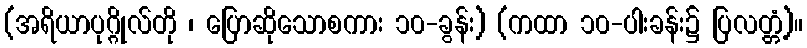
(အရိယာပုဂ္ဂိုလ်တို ၊ ပြောဆိုသောစကား ၁၀-ခွန်း) (ကထာ ၁၀-ပါးခန်း၌ ပြလတ္တံ့)။